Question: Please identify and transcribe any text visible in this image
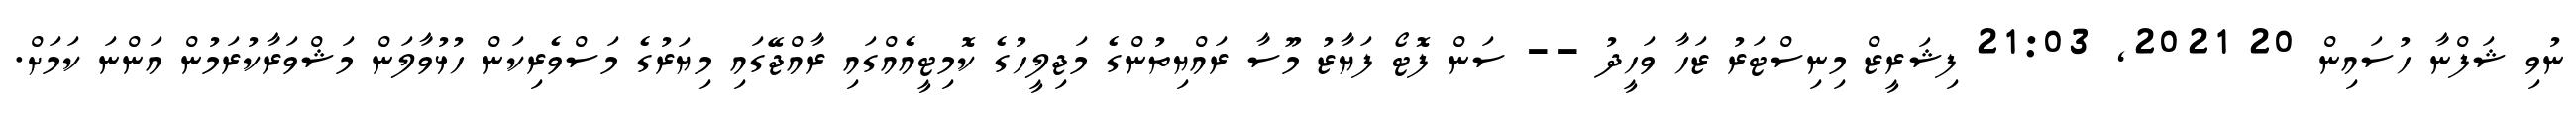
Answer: ނުވި ޝަފްނާ ހުސައިން 20 2021, 21:03 ފިޝަރީޒް މިނިސްޓަރު ޒަހާ ވަހީދު -- ސަން ފޮޓޯ ފަޔާޒު މޫސާ ރައްޔިތުންގެ މަޖިލީހުގެ ކޮމިޓީއެއްގައި ރާއްޖޭގައި މިޔަރުގެ މަސްވެރިކަން ހުޅުވާލަން މަޝްވަރާކުރަމުން އަންނަ ކަމަށް.